Report of the Indian Hemp Drugs Commission, 1894-1895 - Volume VI
Year: 1894
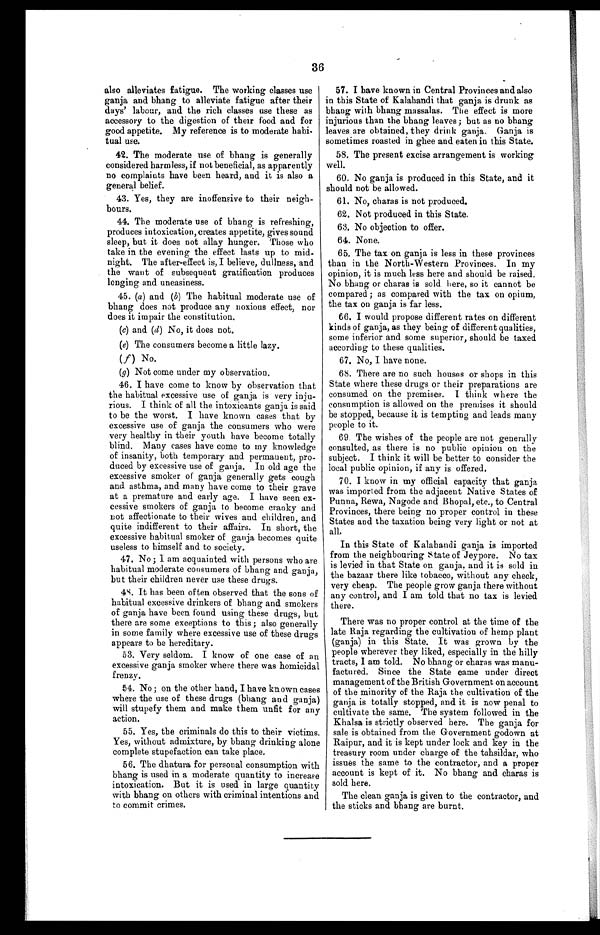
36
also alleviates fatigue. The working classes use
ganja and bhang to alleviate fatigue after their
days' labour, and the rich classes use these as
accessory to the digestion of their food and for
good appetite. My reference is to moderate habi-
tual use.
42. The moderate use of bhang is generally
considered harmless, if not beneficial, as apparently
no complaints have been heard, and it is also a
general belief.
43. Yes, they are inoffensive to their neigh-
bours.
44. The moderate use of bhang is refreshing,
produces intoxication, creates appetite, gives sound
sleep, but it does not allay hunger. Those who
take in the evening the effect lasts up to mid..
night. The after-effect is, I believe, dullness, and
the want of subsequent gratification produces
longing and uneasiness.
45. (a) and (b) The habitual moderate use of
bhang does not produce any noxious effect, nor
does it impair the constitution.
(c) and (d) No, it does not.
(e) The consumers become a little lazy.
(f)
No.
(g) Not come under my observation.
46. I have come to know by observation that
the habitual excessive use of ganja is very inju-
rious. I think of all the intoxicants ganja is said
to be the worst. I have known cases that by
excessive use of ganja the consumers who were
very healthy in their youth have become totally
blind. Many cases have come to my knowledge
of insanity, both temporary and permanent, pro-
duced by excessive use of ganja. In old age the
excessive smoker of ganja generally gets cough
and asthma, and many have come to their grave
at a premature and early age. I have seen ex-
cessive smokers of ganja to become cranky and
not affectionate to their wives and children, and
quite indifferent to their affairs. In short, the
excessive habitual smoker of ganja becomes quite
useless to himself and to society.
47. No; I am acquainted with persons who are
habitual moderate consumers of bhang and ganja,
but their children never use these drugs.
48. It has been often observed that the sons of
habitual excessive drinkers of bhang and smokers
of ganja have been found using these drugs, but
there are some exceptions to this ; also generally
in some family where excessive use of these drugs
appears to be hereditary.
53. Very seldom. I know of one case of an
excessive ganja smoker where there was homicidal
frenzy.
54. No ; on the other hand, I have known cases
where the use of these drugs (bhang an d ganja)
will stupefy them and make them unfit for any
action.
55. Yes, the criminals do this to their victims.
Yes, without admixture, by bhang drinking alone
complete stupefaction can take place.
56. The dhatura for personal consumption with
bhang is used in a moderate quantity to increase
intoxication. But it is used in large quantity
with bhang on others with criminal intentions and
to commit crimes.
57. I have known in Central Provinces and also
in this State of Kalahandi that ganja is drunk as
bhang with bhang massalas. The effect is more
injurious than the bhang leaves; but as no bhang
leaves are obtained, they drink ganja. Ganja is
sometimes roasted in ghee and eaten in this State.
58. The present excise arrangement is working
well.
60. No ganja is produced in this State, and it
should not be allowed.
61. No, charas is not produced.
62. Not produced in this State.
63. No objection to offer.
64. None.
65. The tax on ganja is less in these provinces
than in the North-Western Provinces. In my
opinion, it is much less here and should be raised.
No bhang or charas is sold here, so it cannot be
compared ; as compared with the tax on opium,
the tax on ganja is far less.
66. I would propose different rates on different
kinds of ganja, as they being of different qualities,
some inferior and some superior, should be taxed
according to these qualities.
67. No, I have none.
68. There are no such houses or shops in this
State where these drugs or their preparations are
consumed on the premises. I think where the
consumption is allowed on the premises it should
be stopped, because it is tempting and leads many
people to it.
69 The wishes of the people are not generally
consulted, as there is no public opinion on the
subject. I think it will be better to consider the
local public opinion, if any is offered.
70. I know in my official capacity that ganja
was imported from the adjacent Native States of
Punna, Rewa, Nagode and Bhopal, etc., to Central
Provinces, there being no proper control in these
States and the taxation being very light or not at
all.
In this State of Kalahandi ganja is imported
from the neighbouring State of Jeypore. No tax
is levied in that State on ganja, and it is sold in
the bazaar there like tobacco, without any check,
very cheap. The people grow ganja there without
any control, and I am told that no tax is levied
there.
There was no proper control at the time of the
late Raja regarding the cultivation of hemp plant
(ganja) in this State. It was grown by the
people wherever they liked, especially in the hilly
tracts, I am told. No bhang or charas was manu-
factured. Since the State came under direct
management of the British Government on account
of the minority of the Raja the cultivation of the
ganja is totally stopped, and it is now penal to
cultivate the same. The system followed in the
Khalsa is strictly observed here. The ganja for
sale is obtained from the Government godown at
Raipur, and it is kept under lock and key in the
treasury room under charge of the tahsildar, who
issues the same to the contractor, and a proper
account is kept of it. No bhang and charas is
sold here.
The clean ganja is given to the contractor, and
the sticks and bhang are burnt.